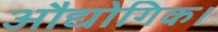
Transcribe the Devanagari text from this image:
औद्योगिक।